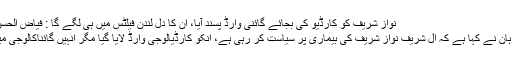
نواز شریف کو کارڈیو کی بجائے گائنی وارڈ پسند آیا، ان کا دل لندن فیلٹس میں ہی لگے گا : فیاض الحسن - PAKasia
فیاض الحسن چوہان نے کہا ہے کہ آل شریف نواز شریف کی بیماری پر سیاست کر رہی ہے، انکو کارڈیالوجی وارڈ لایا گیا مگر انہیں گائناکالوجی میں کمرہ پسند آیا۔